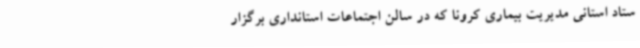
ستاد استانی مدیریت بیماری کرونا که در سالن اجتماعات استانداری برگزار